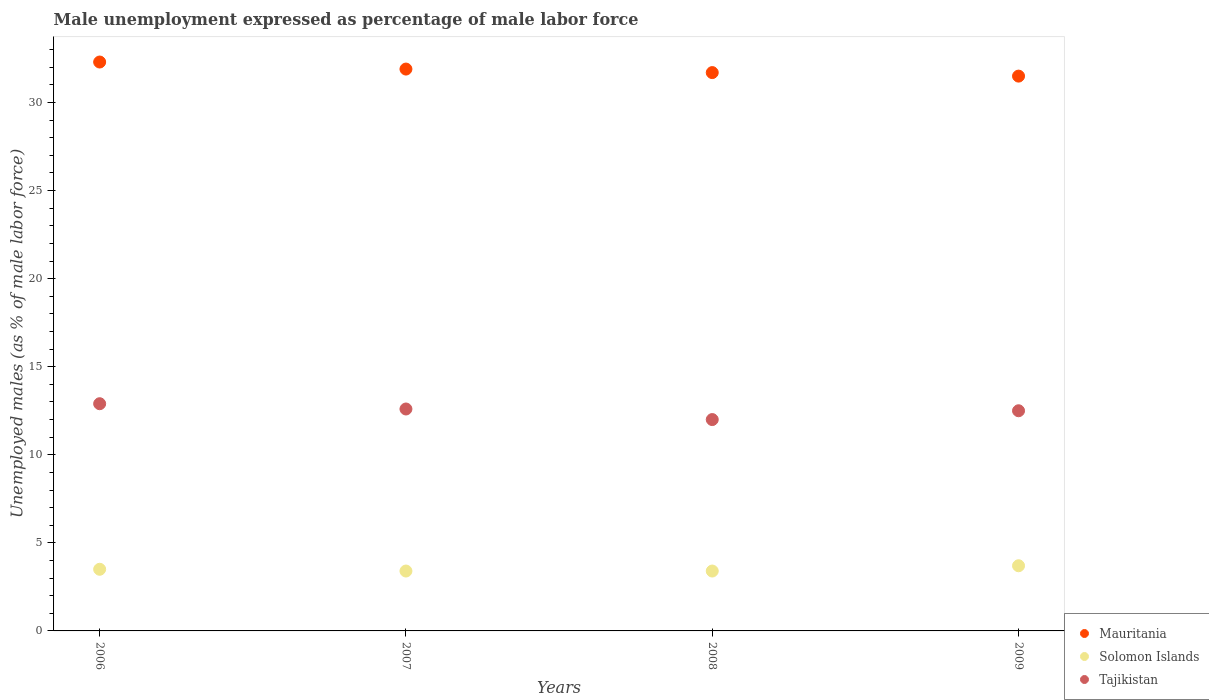
| Years | Mauritania | Solomon Islands | Tajikistan |
 | --- | --- | --- | --- |
 | 2006 | 32.3 | 3.5 | 12.9 |
 | 2007 | 31.9 | 3.4 | 12.6 |
 | 2008 | 31.7 | 3.4 | 12 |
 | 2009 | 31.5 | 3.7 | 12.5 |